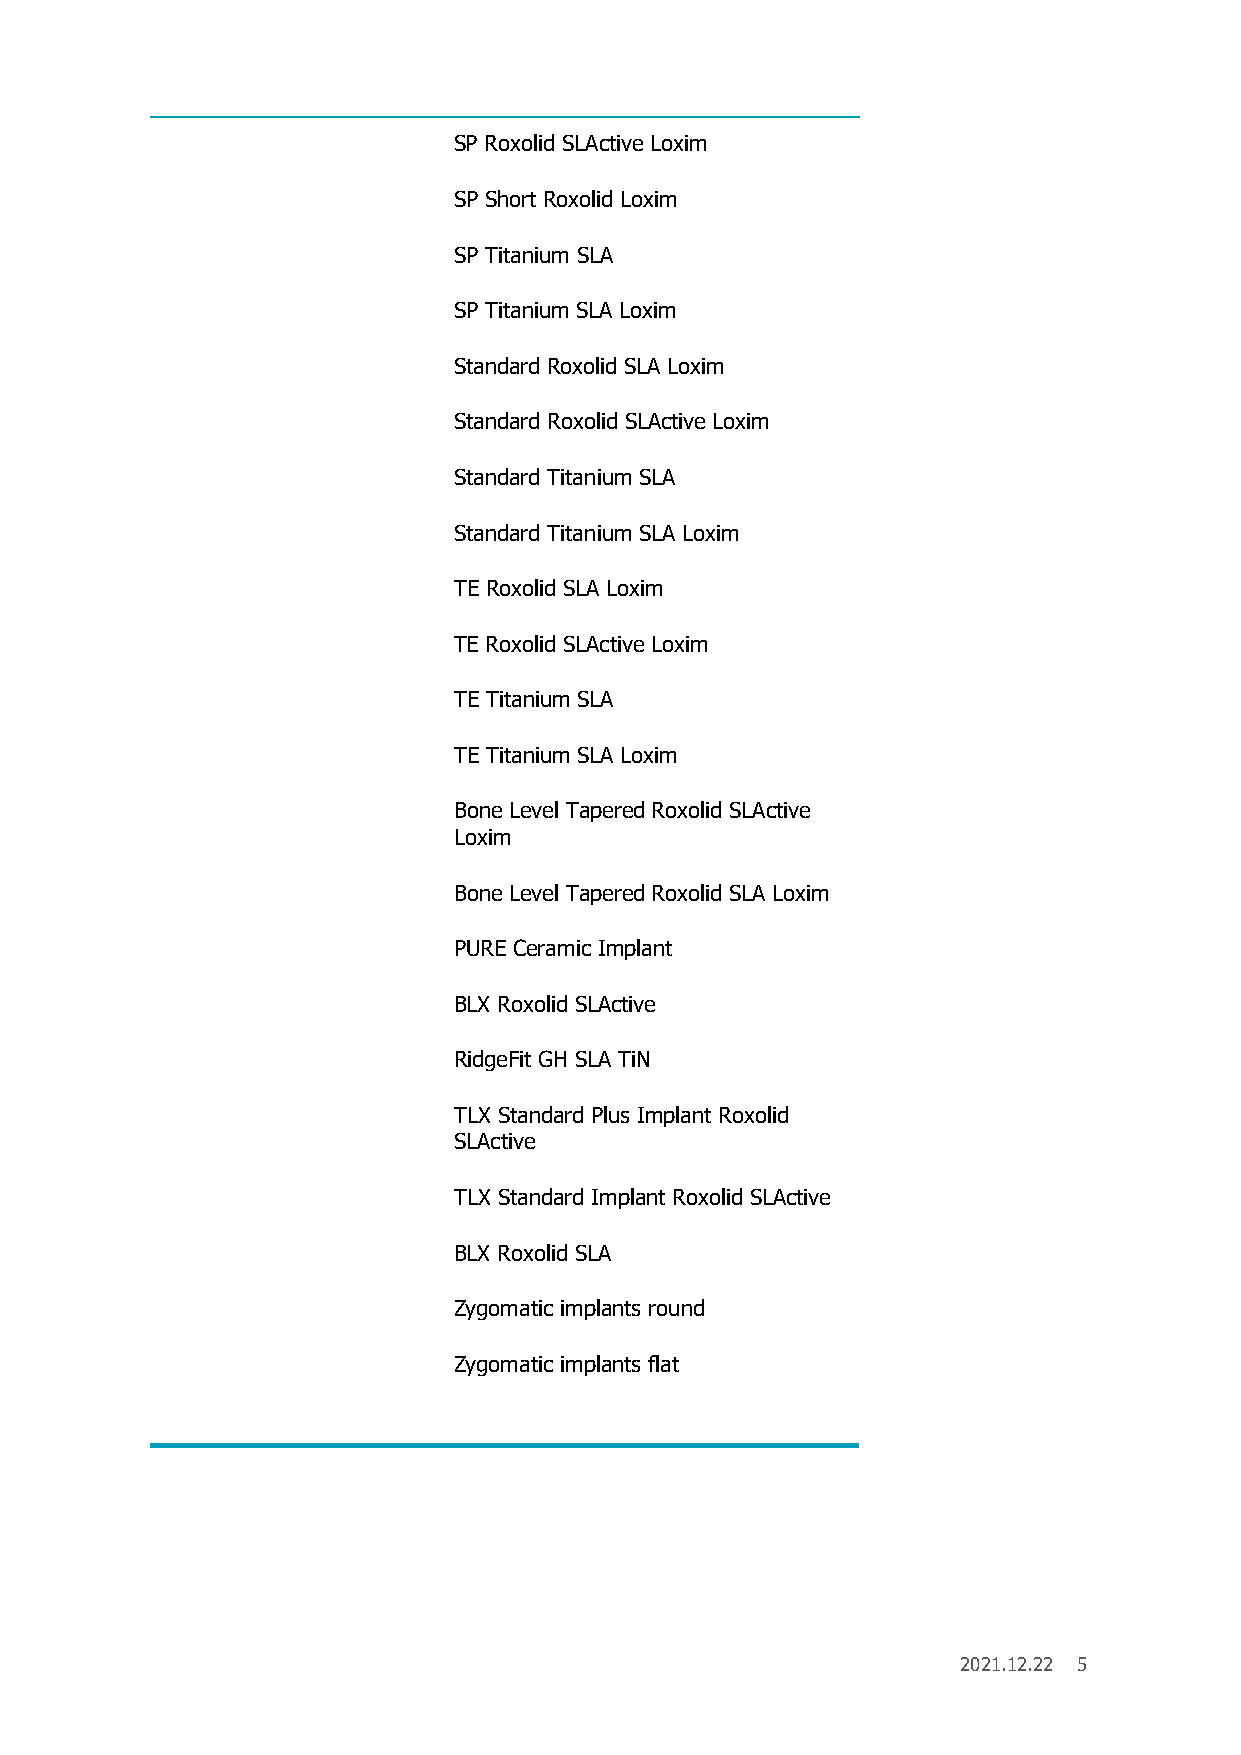
SP Roxolid SLActive Loxim
 SP Short Roxolid Loxim
 SP Titanium SLA
 SP Titanium SLA Loxim
 Standard Roxolid SLA Loxim
 Standard Roxolid SLActive Loxim
 Standard Titanium SLA
 Standard Titanium SLA Loxim
 TE Roxolid SLA Loxim
 TE Roxolid SLActive Loxim
 TE Titanium SLA
 TE Titanium SLA Loxim
 Bone Level Tapered Roxolid SLActive
 Loxim
 Bone Level Tapered Roxolid SLA Loxim
 PURE Ceramic Implant
 BLX Roxolid SLActive
 RidgeFit GH SLA TiN
 TLX Standard Plus Implant Roxolid
 SLActive
 TLX Standard Implant Roxolid SLActive
 BLX Roxolid SLA
 Zygomatic implants round
 Zygomatic implants flat
 2021.12.22 5